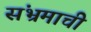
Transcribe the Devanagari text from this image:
संभ्रमाची